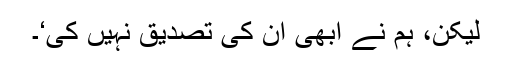
لیکن، ہم نے ابھی اِن کی تصدیق نہیں کی‘۔